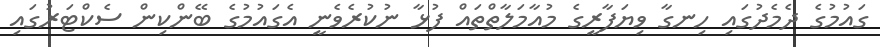
ގައުމުގެ ދެމެދުގައި ހިނގާ ވިޔަފާރީގެ މުއާމަލާތްތައް ފުޅާ ނުކުރެވެނީ އެގައުމުގެ ބޭންކިން ސެކްޓަރުގައި